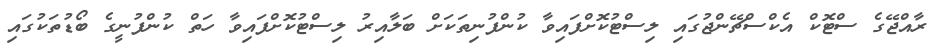
ރާއްޖޭގެ ސްޓޮކް އެކްސްޗޭންޖުގައި ލިސްޓުކޮށްފައިވާ ކުންފުނިތަކަށް ބަލާއިރު ލިސްޓުކޮށްފައިވާ ހަތް ކުންފުނީގެ ބޯޑުތަކުގައި